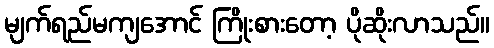
မျက်ရည်မကျအောင် ကြိုးစားတော့ ပိုဆိုးလာသည်။